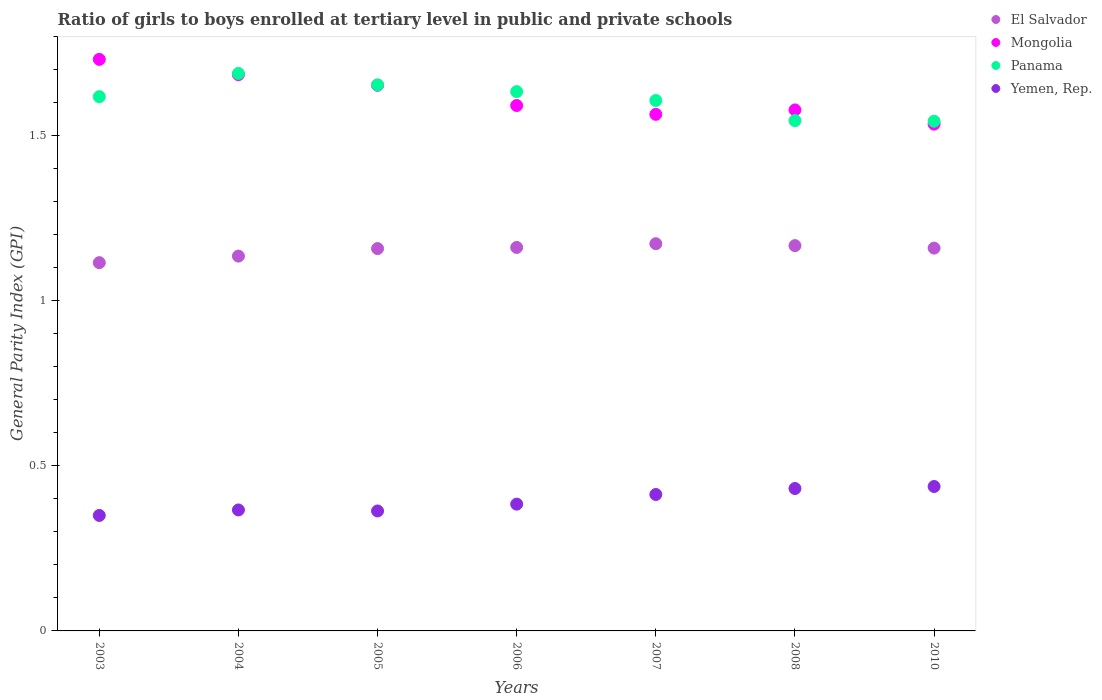
| Years | El Salvador | Mongolia | Panama | Yemen, Rep. |
 | --- | --- | --- | --- | --- |
 | 2003 | 1.12 | 1.73 | 1.62 | 0.35 |
 | 2004 | 1.14 | 1.69 | 1.69 | 0.366 |
 | 2005 | 1.16 | 1.65 | 1.65 | 0.363 |
 | 2006 | 1.16 | 1.59 | 1.63 | 0.384 |
 | 2007 | 1.17 | 1.56 | 1.61 | 0.413 |
 | 2008 | 1.17 | 1.58 | 1.55 | 0.431 |
 | 2010 | 1.16 | 1.54 | 1.54 | 0.438 |